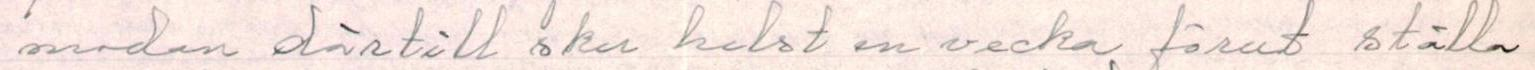
   modan därtill ska helst en vecka förut ställa